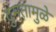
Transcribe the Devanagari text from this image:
दुमतामुळे